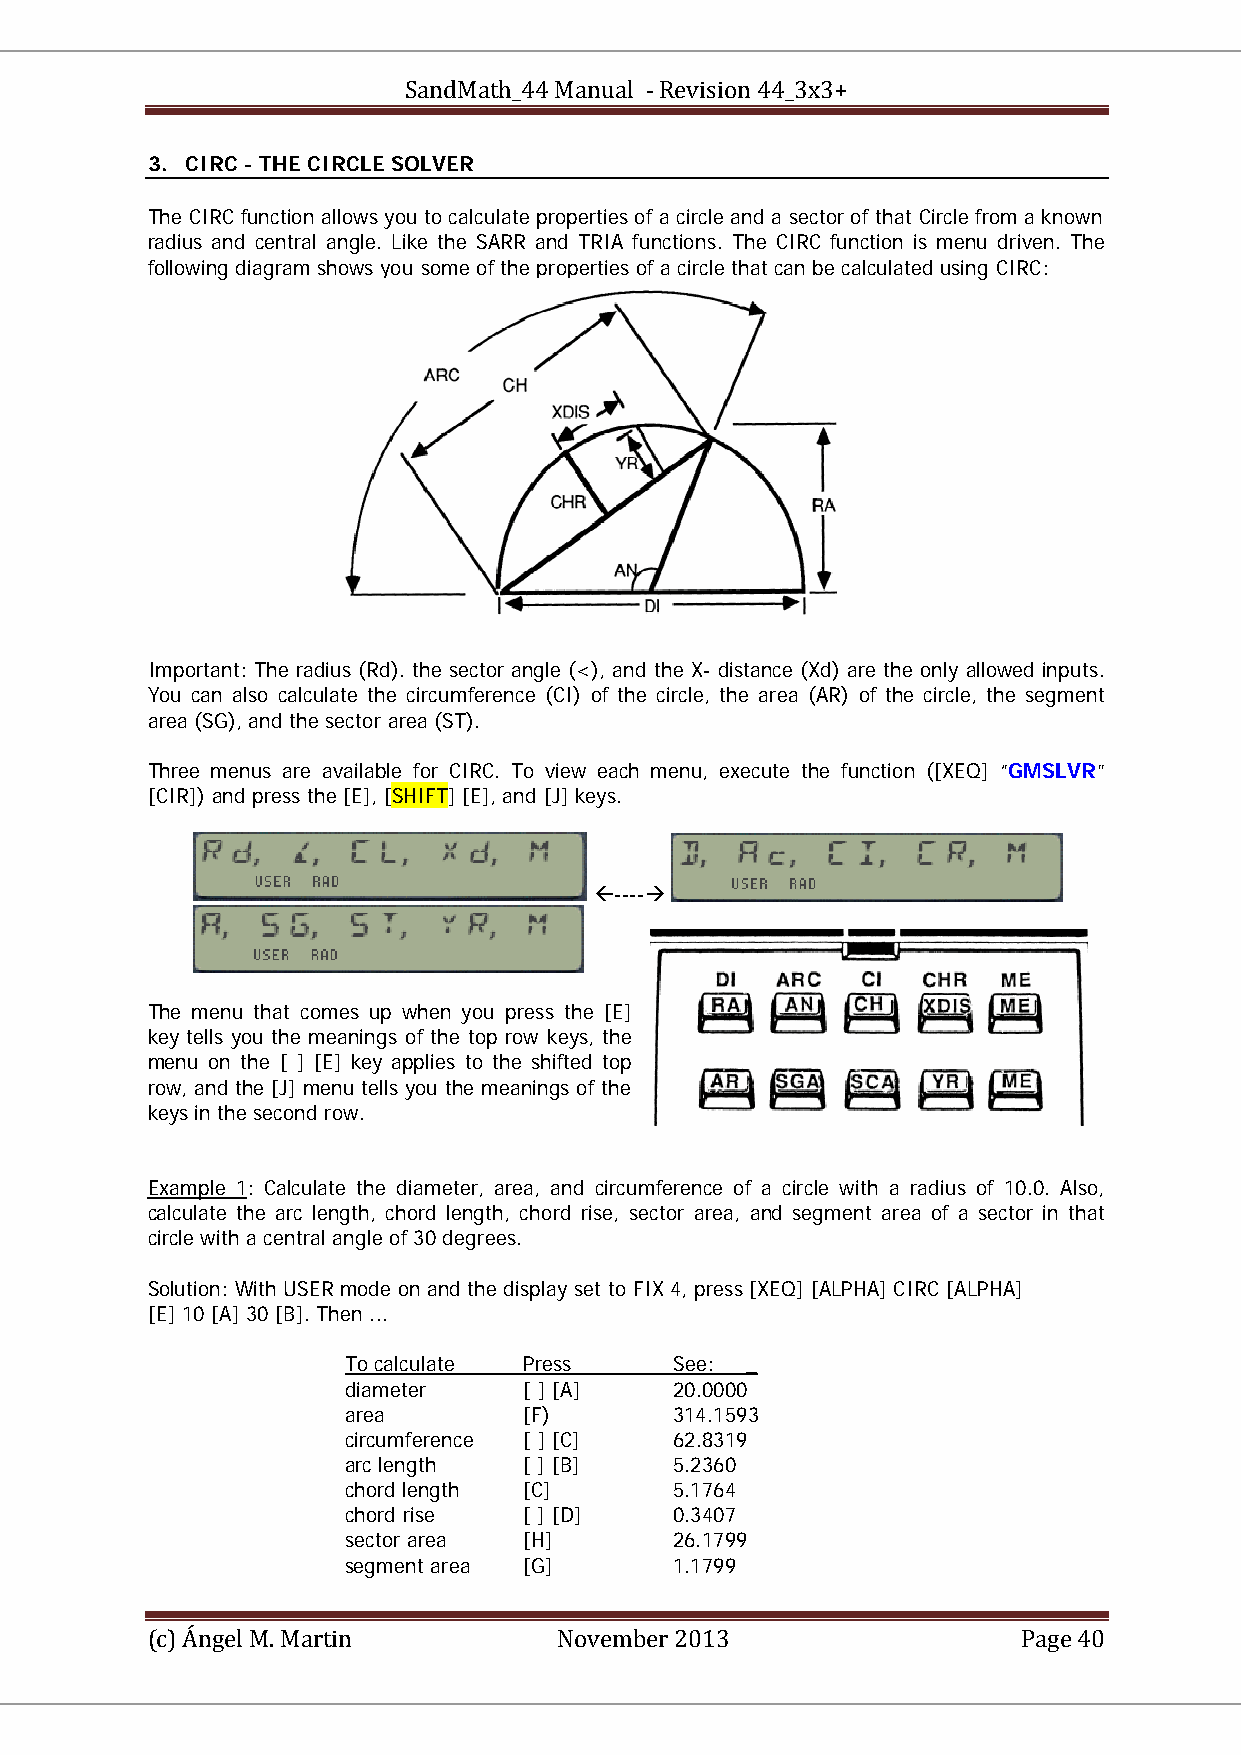
SandMath_44 Manual - Revision 44_3x3+
 3. CIRC - THE CIRCLE SOLVER
 The CIRC function allows you to calculate properties of a circle and a sector of that Circle from a known
 radius and central angle. Like the SARR and TRIA functions. The CIRC function is menu driven. The
 following diagram shows you some of the properties of a circle that can be calculated using CIRC:
 Important: The radius (Rd). the sector angle (<), and the X- distance (Xd) are the only allowed inputs.
 You can also calculate the circumference (CI) of the circle, the area (AR) of the circle, the segment
 area (SG), and the sector area (ST).
 Three menus are available for CIRC. To view each menu, execute the function ([XEQ] “GMSLVR”
 [CIR]) and press the [E], [SHIFT] [E], and [J] keys.
 ----
 The menu that comes up when you press the [E]
 key tells you the meanings of the top row keys, the
 menu on the [ ] [E] key applies to the shifted top
 row, and the [J] menu tells you the meanings of the
 keys in the second row.
 Example 1: Calculate the diameter, area, and circumference of a circle with a radius of 10.0. Also,
 calculate the arc length, chord length, chord rise, sector area, and segment area of a sector in that
 circle with a central angle of 30 degrees.
 Solution: With USER mode on and the display set to FIX 4, press [XEQ] [ALPHA] CIRC [ALPHA]
 [E] 10 [A] 30 [B]. Then ...
 To calculate Press    See: _
 diameter    [ ] [A]   20.0000
 area        [F)       314.1593
 circumference [ ] [C] 62.8319
 arc length  [ ] [B]   5.2360
 chord length [C]      5.1764
 chord rise  [ ] [D]   0.3407
 sector area [H]       26.1799
 segment area [G]      1.1799
 (c) Ángel M. Martin        November 2013                  Page 40